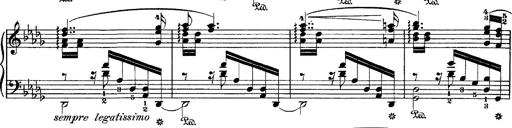
Title: Hungarian Rhapsody No.1
Composer: Franz Liszt
Key: C-sharp minor